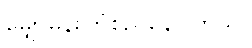
မျှော်မှန်းကြံစည်နေပါတယ်။